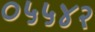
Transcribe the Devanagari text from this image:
०५५४२